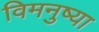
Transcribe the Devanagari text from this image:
विमनुष्या